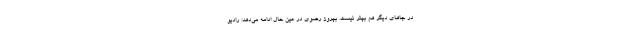
در جاهای دیگر هم بهتر نیست. بهروز رضوی در عین حال ادامه می‌دهد: رادیو